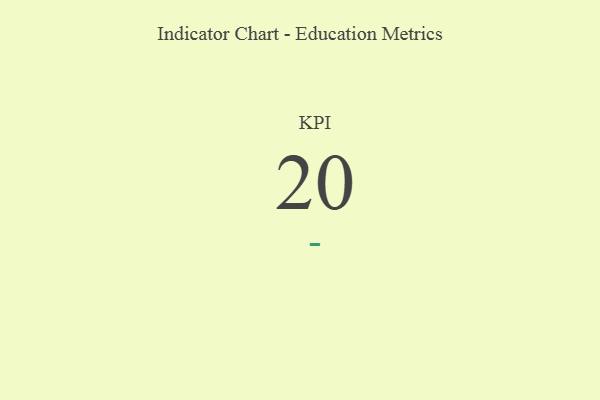
{"axis": {"x": "KPI", "y": "Value"}, "legend": [""], "data": [{"x": "KPI", "y": 20, "type": ""}]}